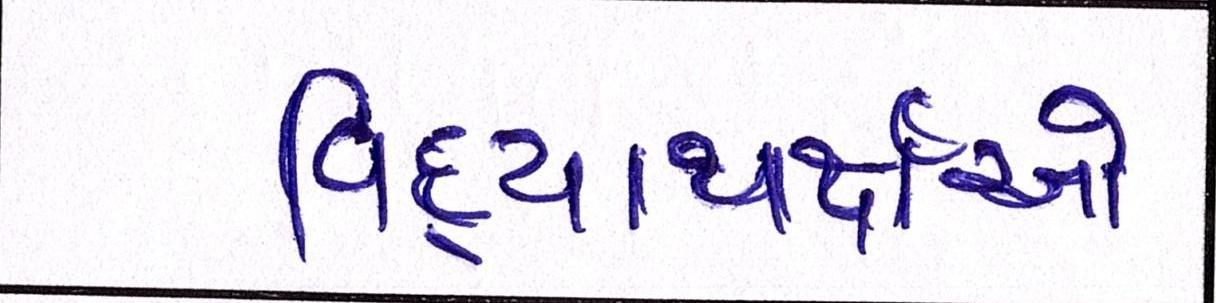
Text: વિદ્યાથર્ક્ષઓ